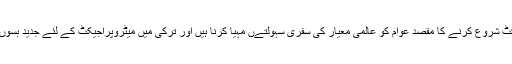
اُنہوں نے کہا کہ پنجاب میں میٹرو بس پراجیکٹ شروع کرنے کا مقصد عوام کو عالمی معیار کی سفری سہولتےں مہیا کرنا ہیں اور ترکی میں میٹروپراجیکٹ کے لئے جدید بسوں کی خریداری کے معاہدے پر دستخط ہوگئے۔